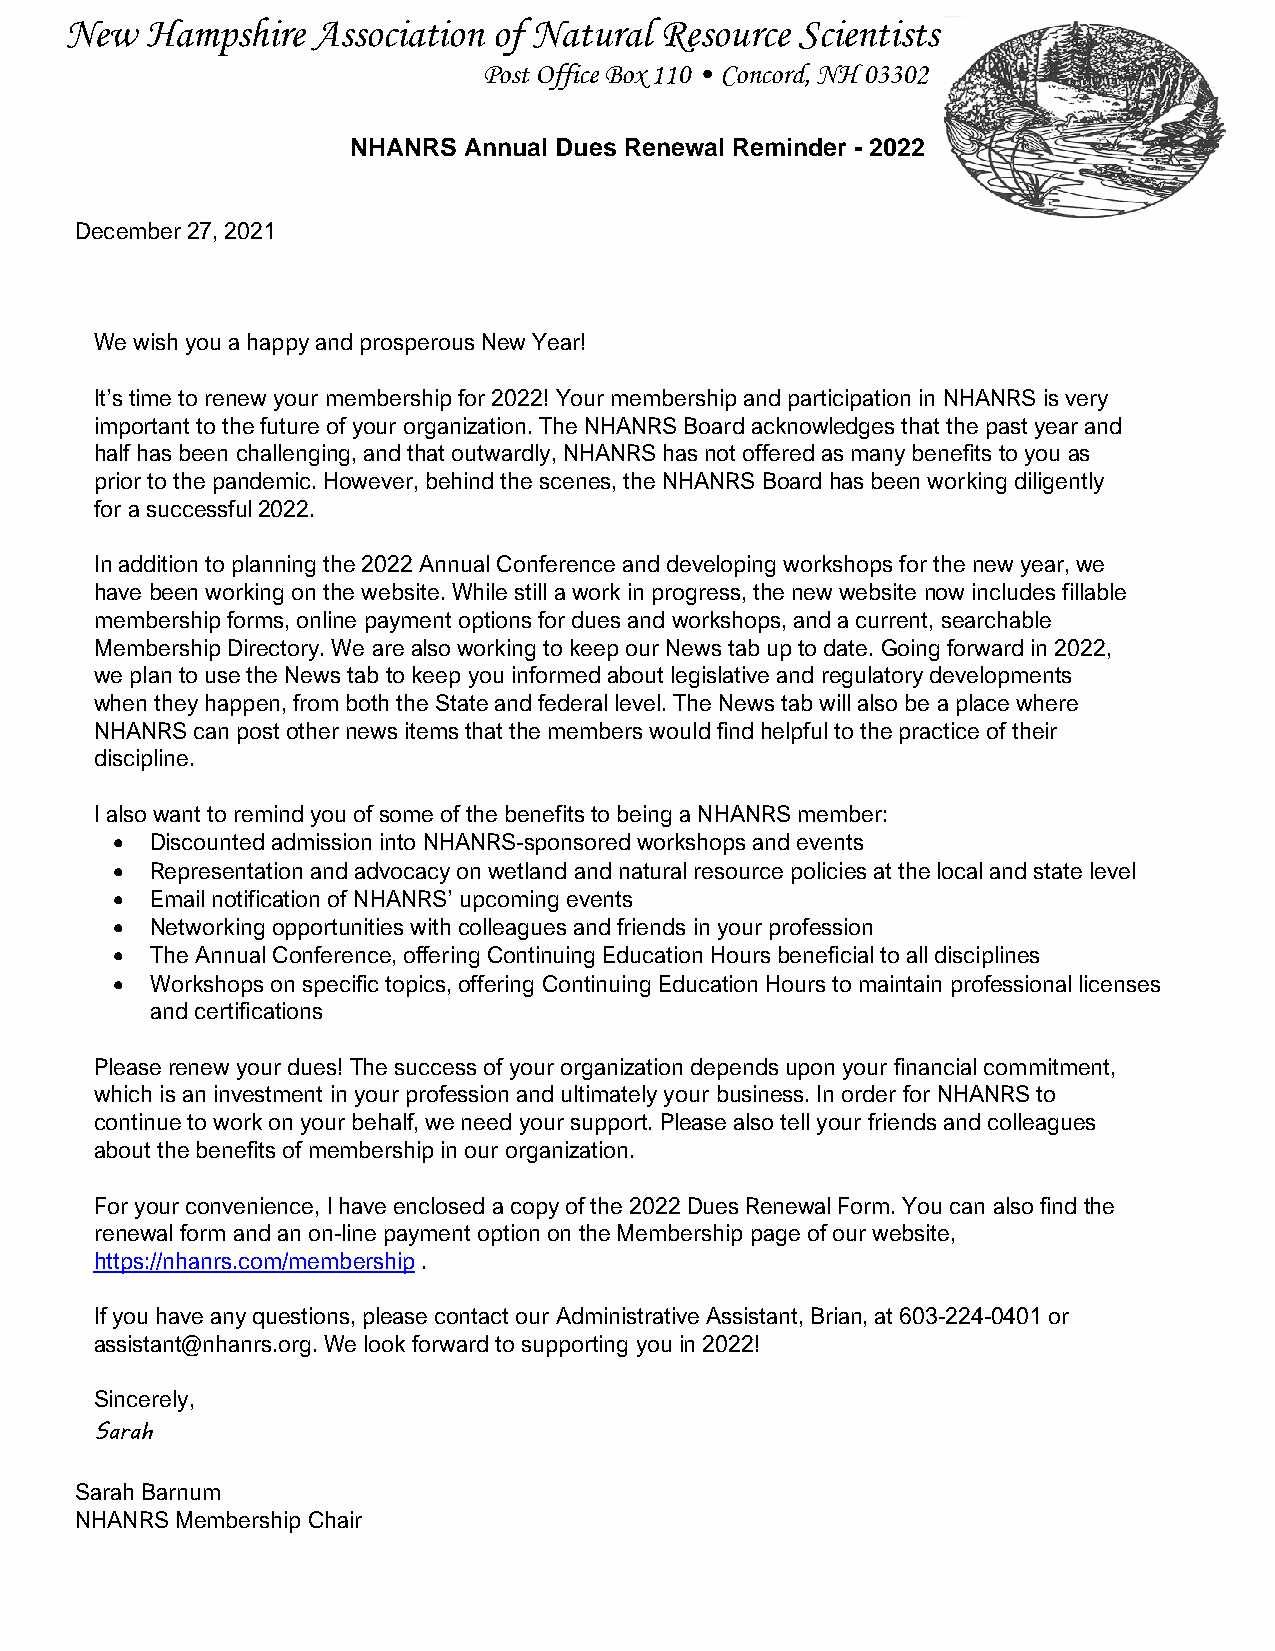
New   Hampshire  Association of Natural Resource Scientists
 Post Office Box 110 • Concord, NH 03302
 NHANRS  Annual Dues Renewal Reminder - 2022
 December 27, 2021
 We wish you a happy and prosperous New Year!
 It’s time to renew your membership for 2022! Your membership and participation in NHANRS is very
 important to the future of your organization. The NHANRS Board acknowledges that the past year and
 half has been challenging, and that outwardly, NHANRS has not offered as many benefits to you as
 prior to the pandemic. However, behind the scenes, the NHANRS Board has been working diligently
 for a successful 2022.
 In addition to planning the 2022 Annual Conference and developing workshops for the new year, we
 have been working on the website. While still a work in progress, the new website now includes fillable
 membership forms, online payment options for dues and workshops, and a current, searchable
 Membership Directory. We are also working to keep our News tab up to date. Going forward in 2022,
 we plan to use the News tab to keep you informed about legislative and regulatory developments
 when they happen, from both the State and federal level. The News tab will also be a place where
 NHANRS can post other news items that the members would find helpful to the practice of their
 discipline.
 I also want to remind you of some of the benefits to being a NHANRS member:
 •  Discounted admission into NHANRS-sponsored workshops and events
 •  Representation and advocacy on wetland and natural resource policies at the local and state level
 •  Email notification of NHANRS’ upcoming events
 •  Networking opportunities with colleagues and friends in your profession
 •  The Annual Conference, offering Continuing Education Hours beneficial to all disciplines
 •  Workshops on specific topics, offering Continuing Education Hours to maintain professional licenses
 and certifications
 Please renew your dues! The success of your organization depends upon your financial commitment,
 which is an investment in your profession and ultimately your business. In order for NHANRS to
 continue to work on your behalf, we need your support. Please also tell your friends and colleagues
 about the benefits of membership in our organization.
 For your convenience, I have enclosed a copy of the 2022 Dues Renewal Form. You can also find the
 renewal form and an on-line payment option on the Membership page of our website,
 https://nhanrs.com/membership .
 If you have any questions, please contact our Administrative Assistant, Brian, at 603-224-0401 or
 assistant@nhanrs.org. We look forward to supporting you in 2022!
 Sincerely,
 Sarah
 Sarah Barnum
 NHANRS Membership Chair